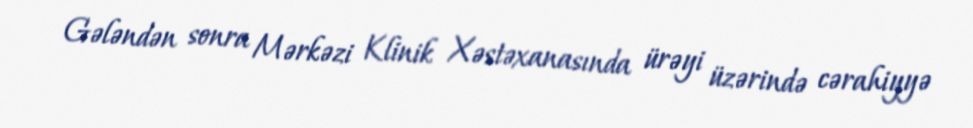
Gələndən sonra Mərkəzi Klinik Xəstəxanasında ürəyi üzərində cərahiyyə